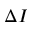
\Delta { I }